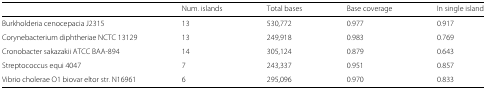
<table><thead><tr><td></td><td><b>Num. islands</b></td><td><b>Total bases</b></td><td><b>Base coverage</b></td><td><b>In single island</b></td></tr></thead><tbody><tr><td>Burkholderia cenocepacia J2315</td><td>13</td><td>530,772</td><td>0.977</td><td>0.917</td></tr><tr><td>Corynebacterium diphtheriae NCTC 13129</td><td>13</td><td>249,918</td><td>0.983</td><td>0.769</td></tr><tr><td>Cronobacter sakazakii ATCC BAA-894</td><td>14</td><td>305,124</td><td>0.879</td><td>0.643</td></tr><tr><td>Streptococcus equi 4047</td><td>7</td><td>243,337</td><td>0.951</td><td>0.857</td></tr><tr><td>Vibrio cholerae O1 biovar eltor str. N16961</td><td>6</td><td>295,096</td><td>0.970</td><td>0.833</td></tr></tbody></table>